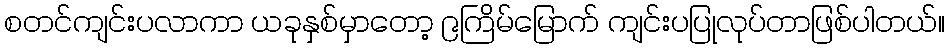
စတင်ကျင်းပလာကာ ယခုနှစ်မှာတော့ ၉ကြိမ်မြောက် ကျင်းပပြုလုပ်တာဖြစ်ပါတယ်။